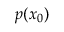
p ( \boldsymbol { x } _ { 0 } )